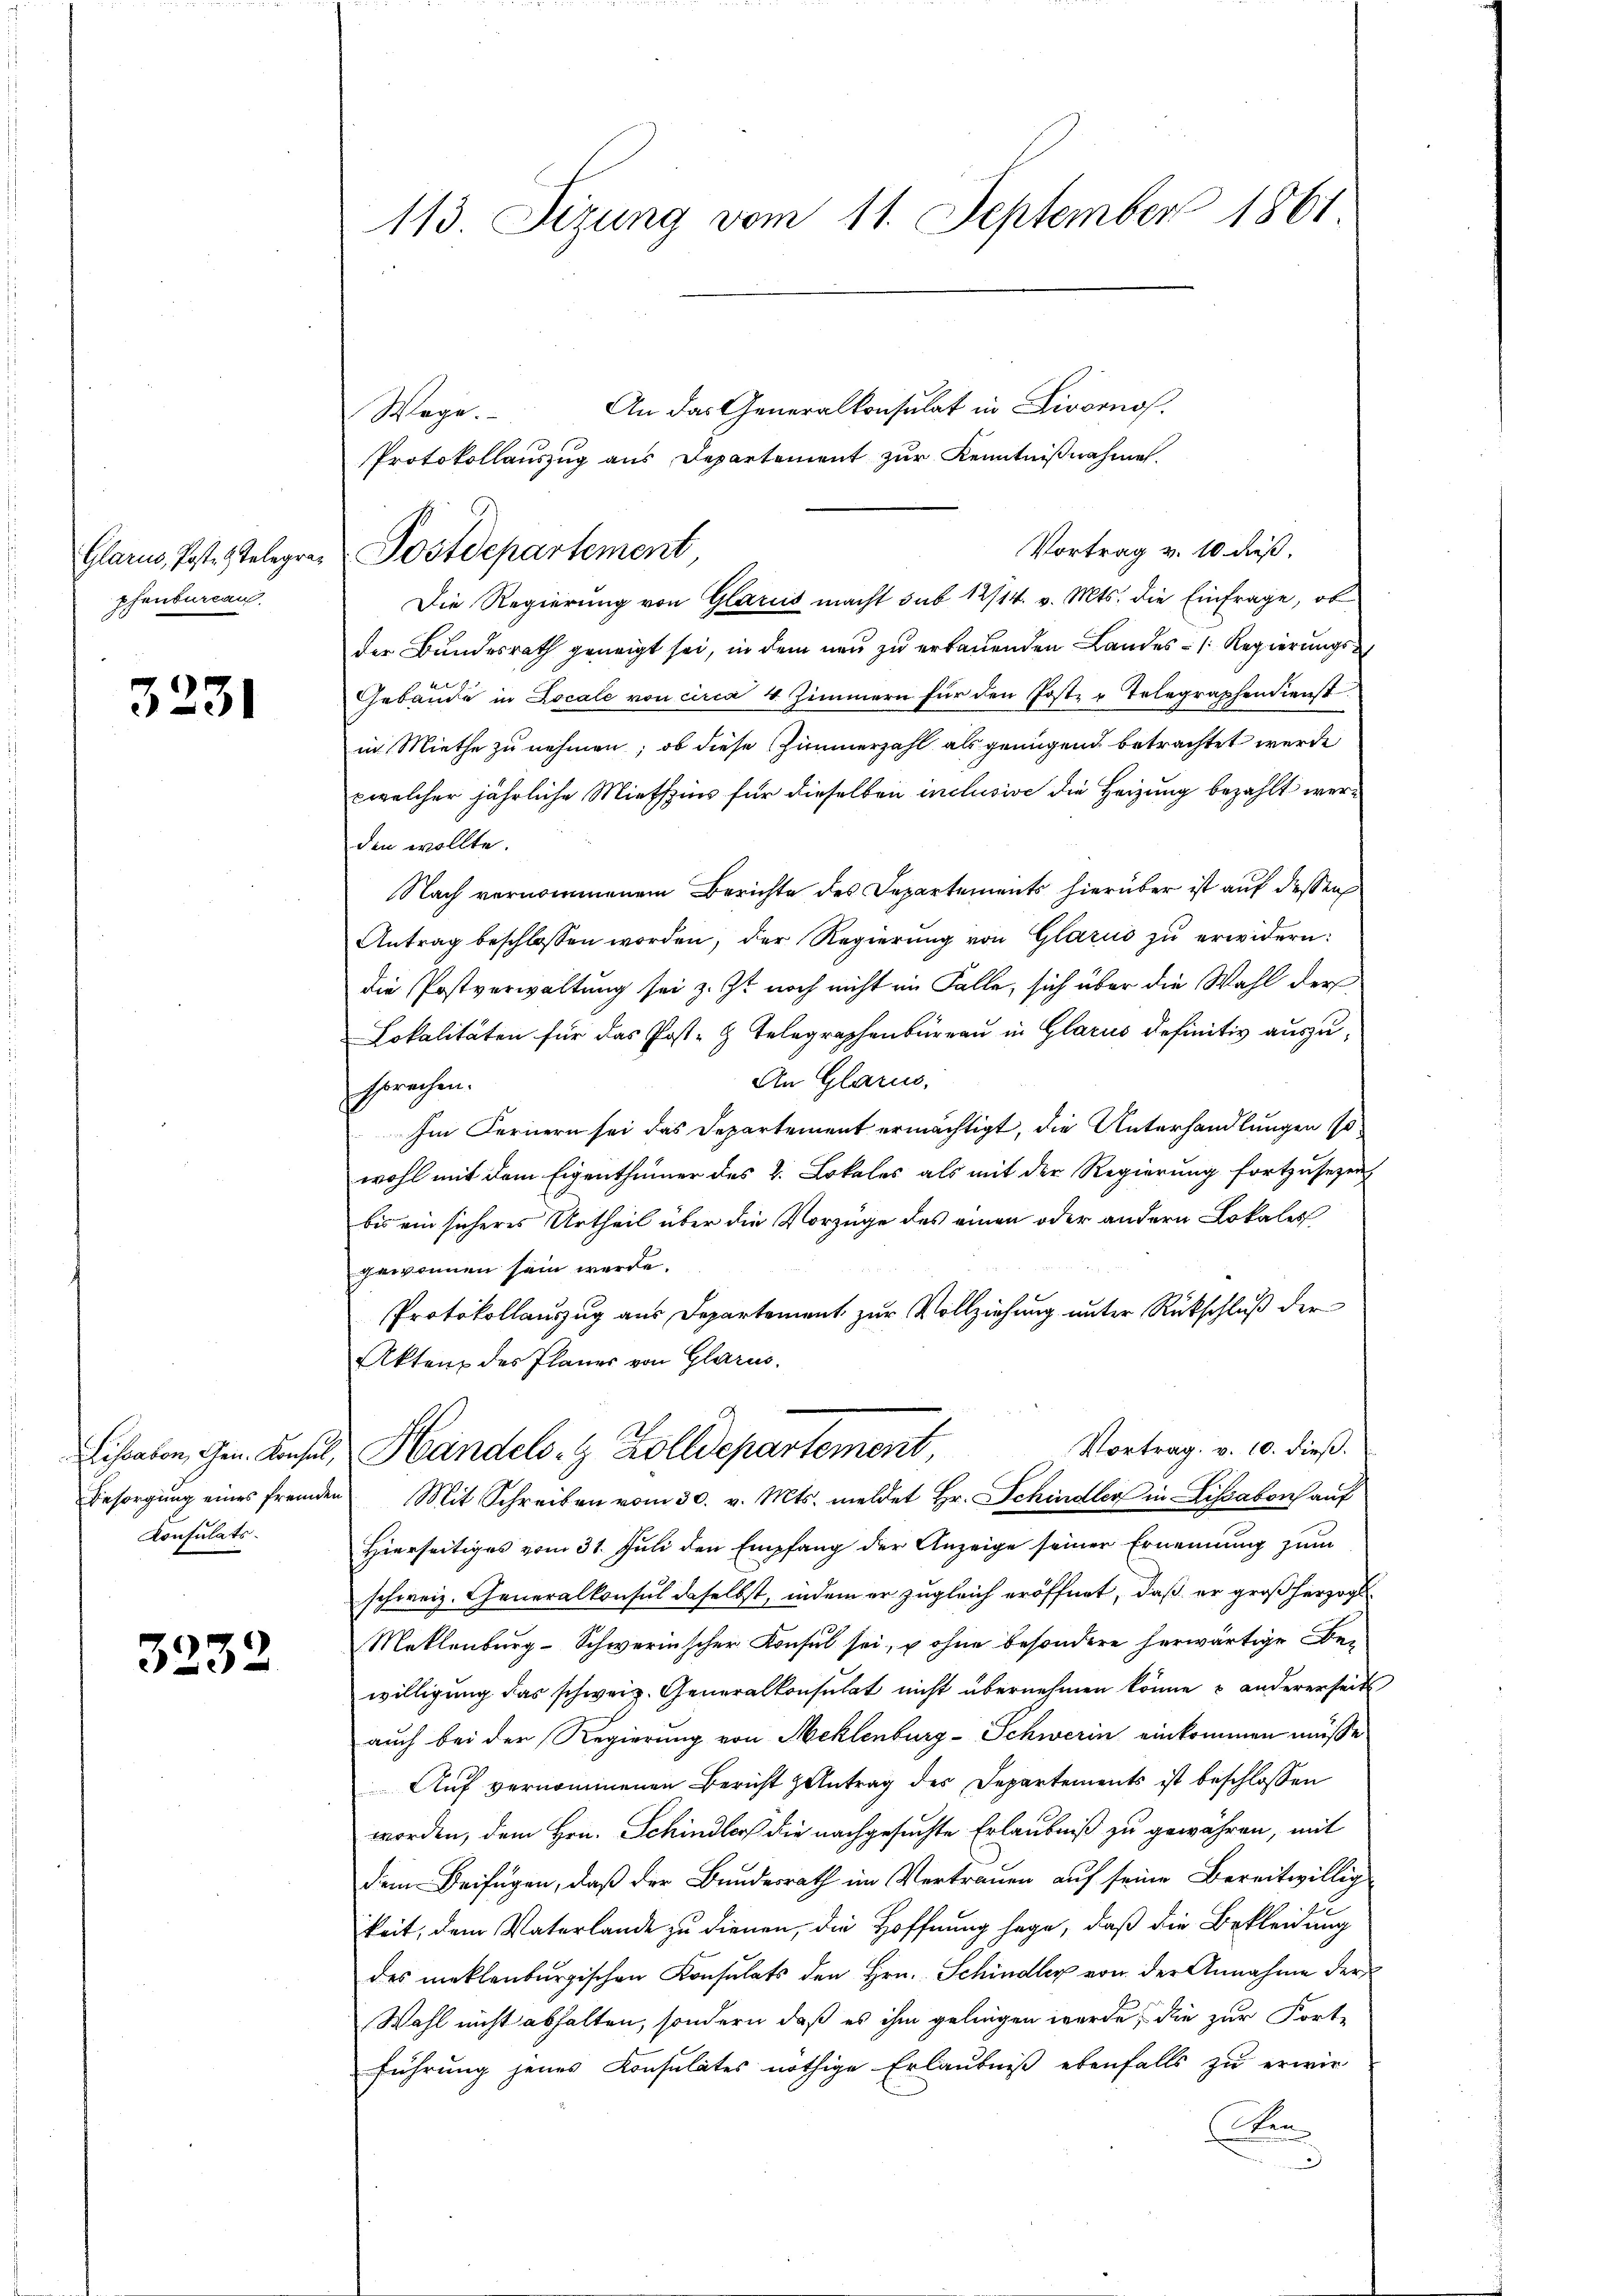
Glarus, Post- & Telegrapfenburcan.

3231

Konsulats.

3232

113. Sizung vom 11. September 1861

Postdepartement

An das Generalkonsulat in Livornos.
Wege.
Protokollauszug aus Departement zur Kenntnißnahme.
Die Regierung von Glarus macht sub 12/14. v. Mts. die Einfrage, ob
der Bundesrath geneigt sei, in dem neu zu erbauenden Landes- [Regierungs¬
Gebäude in Locale von circa 4 Zimmern für den Poster Telegraphen dienst
in Miethe zu nehmen; ob diese Zimmerzahl als genügend betrachtet werde
pwelcher jährliche Miethzins für dieselben inclusive die Heizung bezahlt werden wollte.
Nach vernommenem Berichte des Departements hierüber ist auf dessen
Antrag beschlossen worden, der Regierŭng von Glarus zŭ erwidern:
die Postverwaltung sei z. Zt. noch nicht im Falle, sich über die Wahl der
Lokalitäten für das Post- & Telegraphenbureau in Glarus definitiv auszu¬
An Glarus,
sprachen.
Im Fernern sei das Departement ermächtigt, die Unterhandlungen so
wohl mit dem Eigenthümer des 2. Lokales als mit der Regierung fortzusezen
bis ein sicheres Urtheil über die Vorzüge des einen oder andern Lokales
gewonnen sein werde.
Protokollauszug aus Departement zur Vollziehung unter Rückschluß der
Akten des Planes von Glarus.
Vortrag. v. 10. dieß.
Liscalien Gen. Konsul Handels- & Zolldepartement,
Besorgŭng eines fremden Mit Schreiben vom 30. v. Mts. meldet Hr. Schindler in Lissabons auf
Hierseitiges vom 31. Juli den Empfang der Anzeige seiner Ernennung zum
schweiz. Generalkonsul daselbst, indem er zugleich eröffnet, daß er großherzogl
Mettenburg-Schwerinscher Konsul sei, u ohne besondere herwärtige Bewilligung das schweiz. Generalkonsulat nicht übernehmen könne & andererseits
auch bei der Regierung von Meklenburg-Schwerin einkommen müsse
Auf vernommenen Bericht zentrag des Departements ist beschlossen
worden, dem Hrn. Schindler die nachgesuchte Erlaubniß zu gewähren, mit
dem Beifügen, daß der Bundesrath im Vertrauen auf seine Bereitwillig
keit, dem Vaterlande zu dienen, die Hoffnung sage, daß die Bekleidung
des meklenburgischen Konsulats den Hrn. Schindler von der Annahme der
Wahl nicht abhalten, sondern daß es ihm gelingen werde, die zur Fort-
führung jenes Konsulates nöthige Erlaubniß ebenfalls zu erwir-
Den

Vortrag v. 10 dieß,